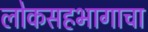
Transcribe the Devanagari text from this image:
लोकसहभागाचा